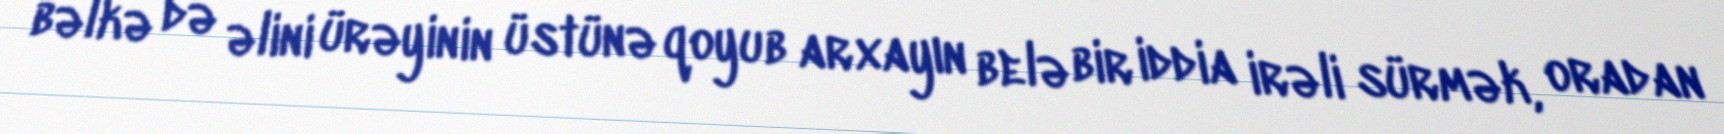
bəlkə də əlini ürəyinin üstünə qoyub arxayın belə bir iddia irəli sürmək, oradan